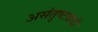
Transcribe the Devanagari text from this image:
असंतुष्टवादी